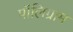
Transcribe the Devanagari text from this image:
पॉलिग्राम